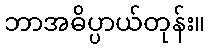
ဘာအဓိပ္ပာယ်တုန်း။